65_HS1-834228961_62-HQ-83894_Section_6
Agency: FBI
Page 69
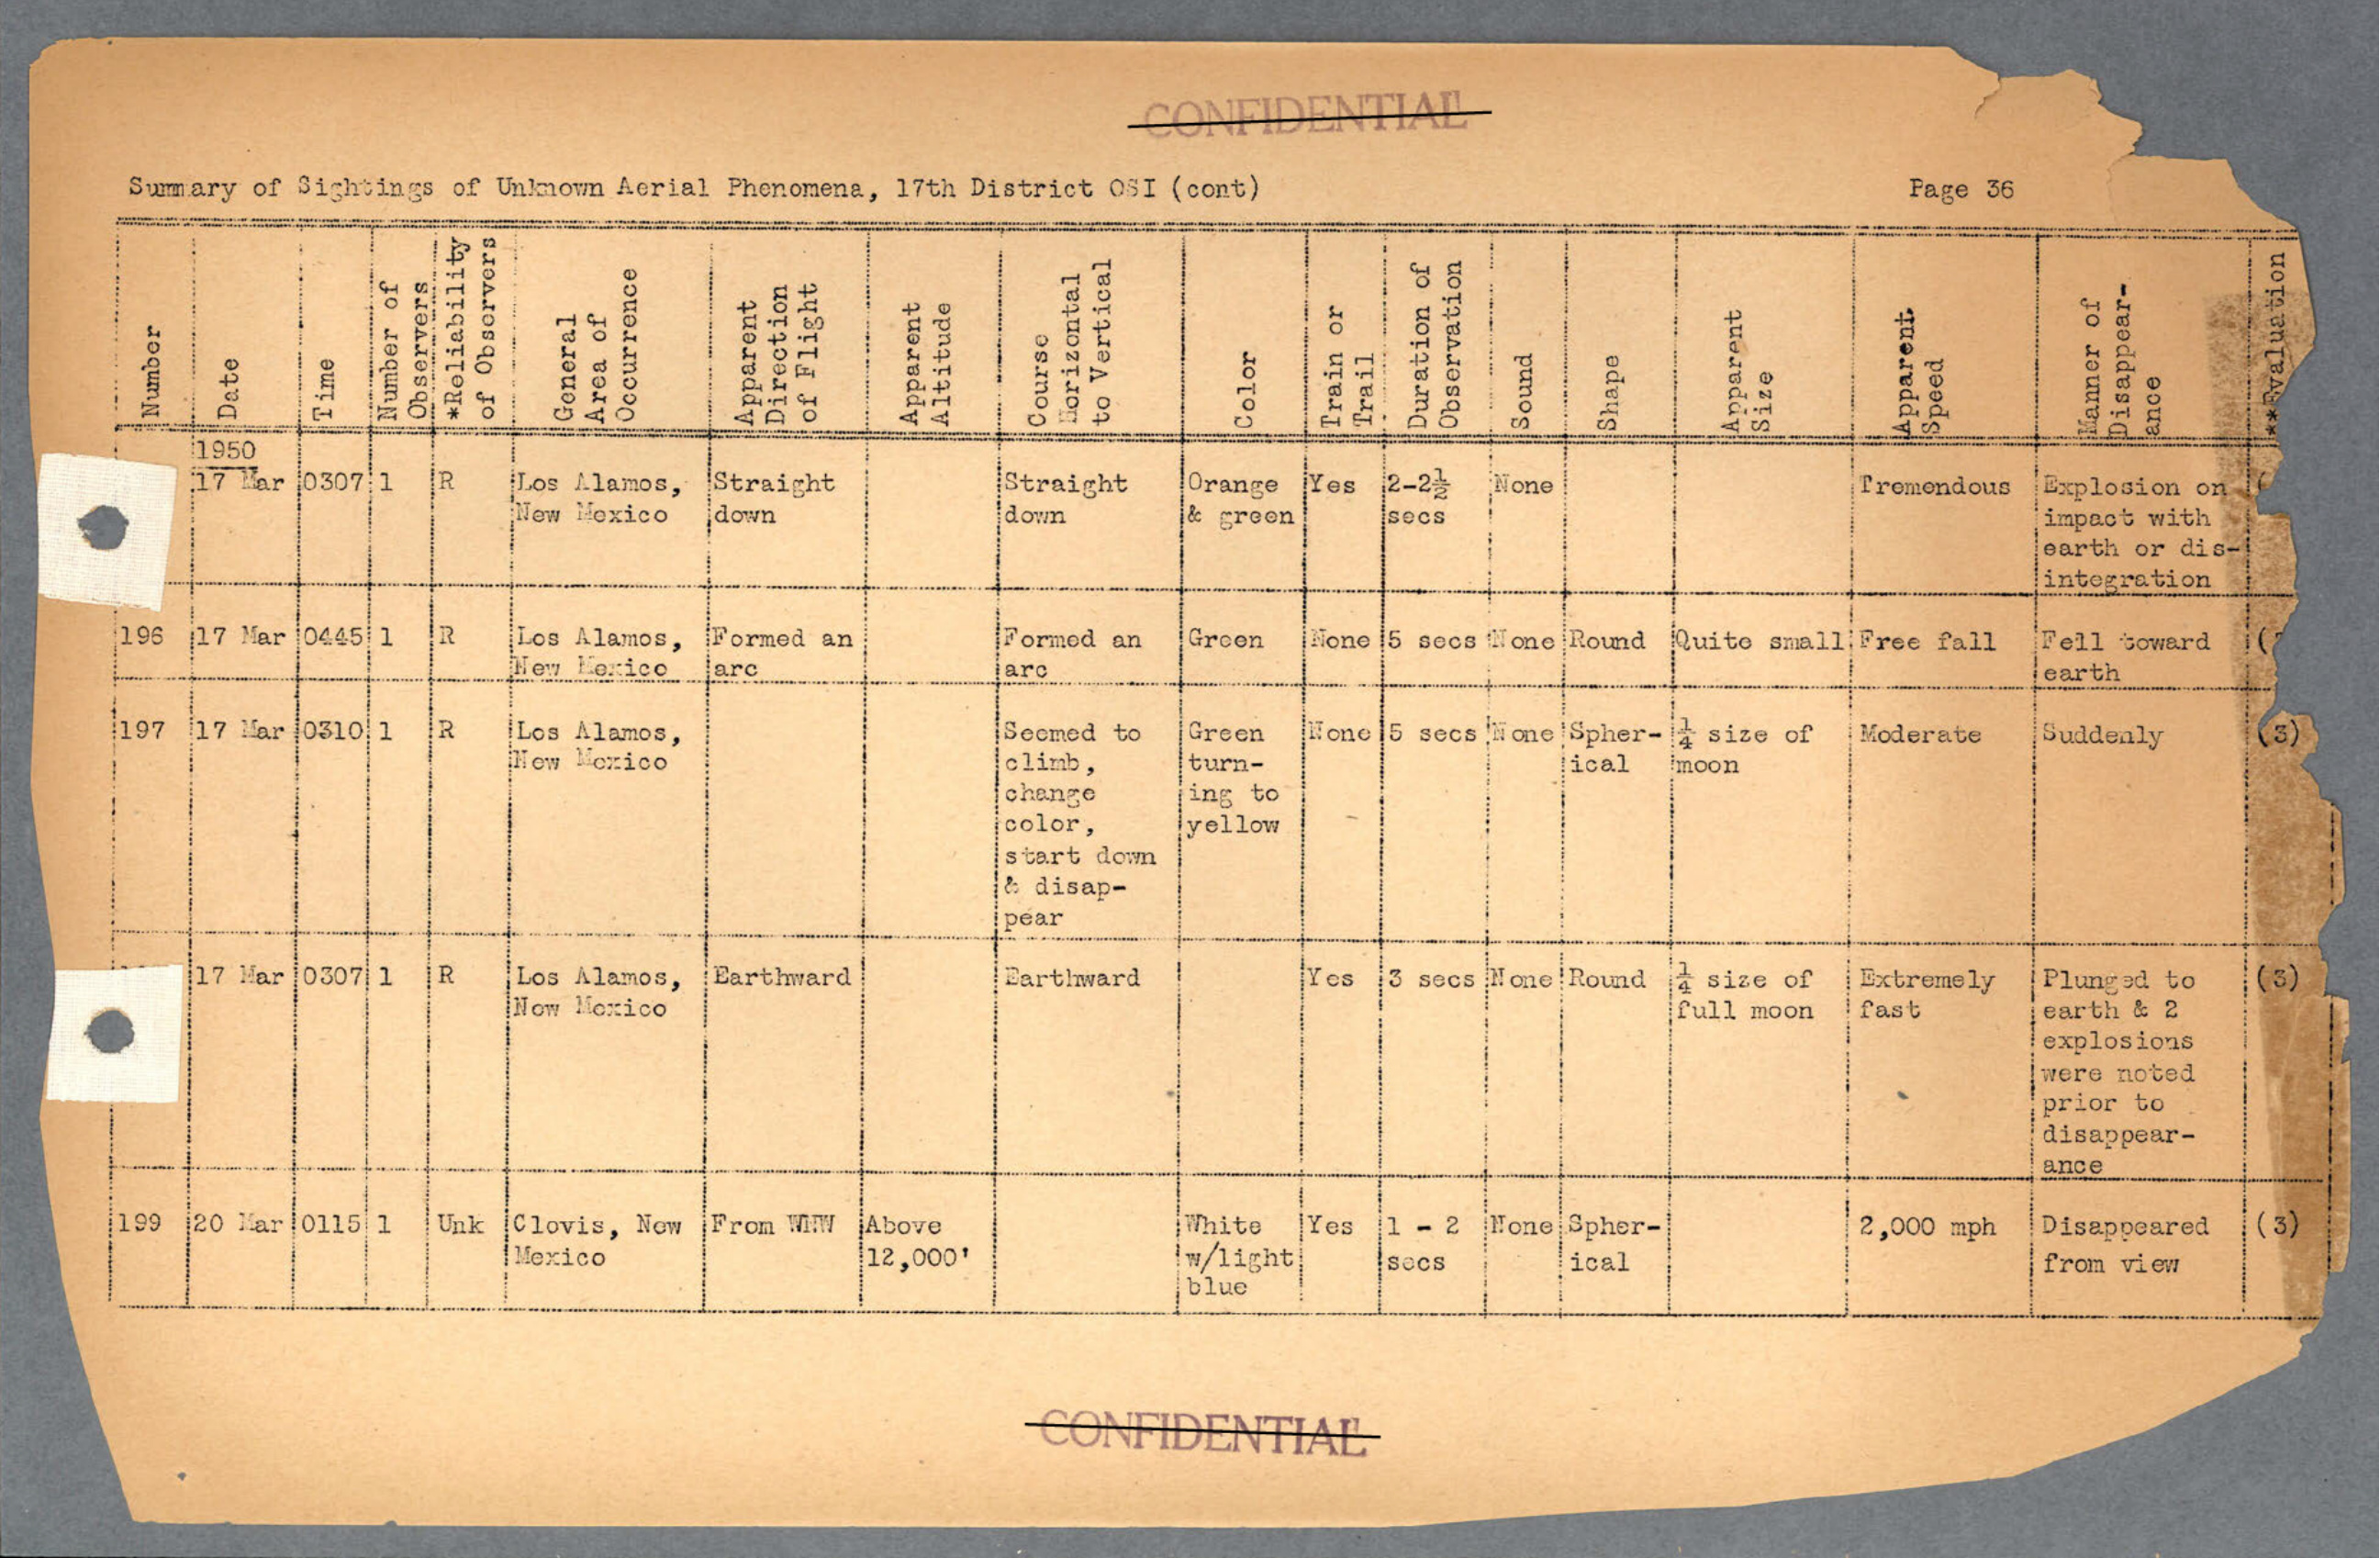